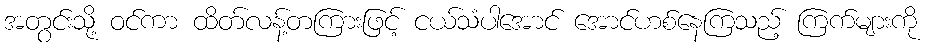
အတွင်းသို့ ဝင်ကာ ထိတ်လန့်တကြားဖြင့် ငယ်သံပါအောင် အောင်ဟစ်နေကြသည့် ကြက်များကို